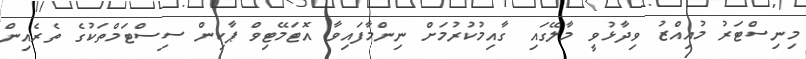
މިނިސްޓަރު މުއިއްޒު ވިދާޅުވީ މާލޭގައި ގާއިމުކުރުމަށް ނިންމާފައިވާ އޮޓަމޭޓިވް ޕާކިން ސިސްޓަމްތަކުގެ ތެރެއިން